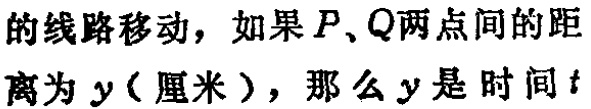
的线路移动，如果\(P、Q\)两点间的距
离为\(y\)(厘米)，那么\(y\)是时间\(t\)